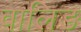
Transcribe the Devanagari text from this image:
वालिङ